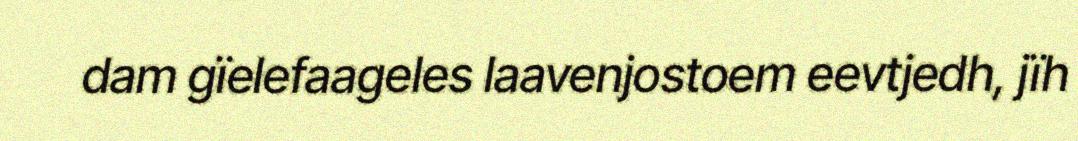
dam gïelefaageles laavenjostoem eevtjedh, jïh